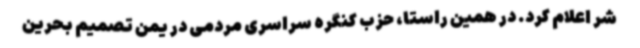
شر اعلام کرد. در همین راستا، حزب کنگره سراسری مردمی در یمن تصمیم بحرین